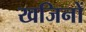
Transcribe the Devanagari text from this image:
खजिनों